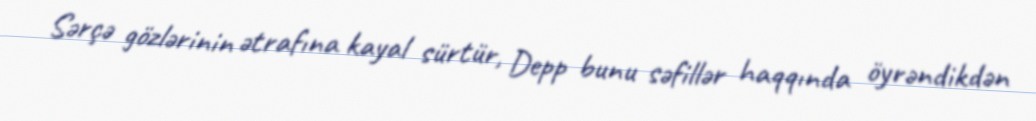
Sərçə gözlərinin ətrafına kayal sürtür, Depp bunu səfillər haqqında öyrəndikdən